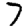
Digit: 7